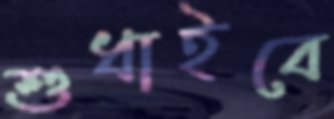
শুধাইবে